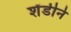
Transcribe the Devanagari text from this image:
शेंडीने